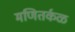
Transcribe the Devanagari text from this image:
मणितर्कळ